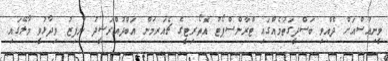
ވީނިއުސްއަށް ދެއްވި ބަސްދީގަތުމެއްގައި ޓްރާންސްޕޯޓު އޮތޯރިޓީގެ ޗެއަރމަން އަބްދުއްރަޝީދު ނާފިޒު ވިދާޅުވީ މާލޭގައި